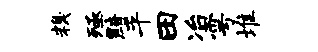
糗殛黯平田冶雩堆